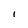
Character: I